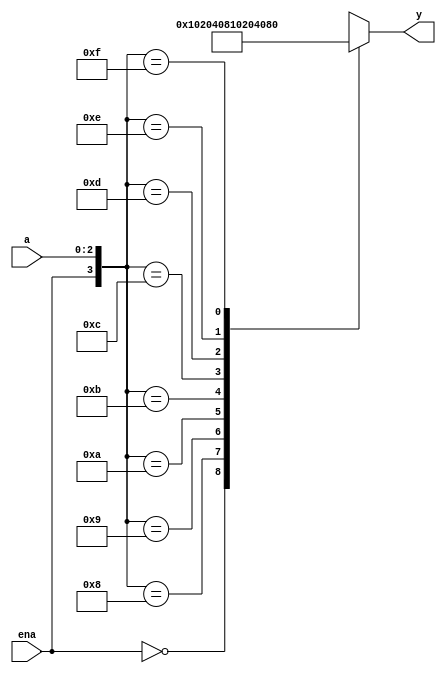


module decoder3e_test(a,ena,y);
  input [2:0] a;
  input ena;
  output reg [7:0] y; 

  


always@(ena or a)
casex ({ena,a}) 
  4'b0xxx:y=8'b00000000;
  4'b1000:y=8'b00000001;
  4'b1001:y=8'b00000010;
  4'b1010:y=8'b00000100;
  4'b1011:y=8'b00001000;
  4'b1100:y=8'b00010000;
  4'b1101:y=8'b00100000;
  4'b1110:y=8'b01000000;
  4'b1111:y=8'b10000000;
endcase


endmodule